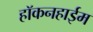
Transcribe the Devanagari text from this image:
हॉकनहाईम